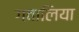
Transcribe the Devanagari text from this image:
गवालिया